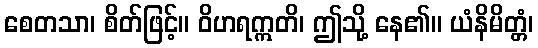
စေတသာ၊ စိတ်ဖြင့်။ ဝိဟရဣတိ၊ ဤသို့ နေ၏။ ယံနိမိတ္တံ၊